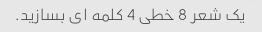
یک شعر 8 خطی 4 کلمه ای بسازید.